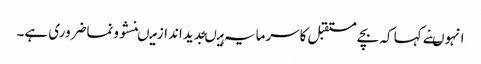
انہوںنے کہا کہ بچے مستقبل کاسرمایہ ہیںجدیداندازمیںنشوونماضروری ہے۔